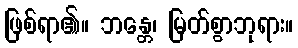
ဖြစ်ရာ၏။ ဘန္တေ၊ မြတ်စွာဘုရား။